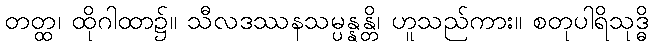
တတ္ထ၊ ထိုဂါထာ၌။ သီလဒဿနသမ္ပန္နန္တိ၊ ဟူသည်ကား။ စတုပါရိသုဒ္ဓိ